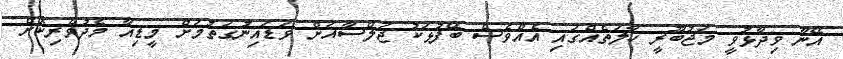
އޭނާ ވިދާޅުވީ މަޖުބޫރީ ހާލަތެއްގައި އެއްވެސް ބޭފުޅަކު ޖަލްސާއަށް ވަޑައިނުގަތުމަށް މީޑިއާ މެދުވެރިކޮށް